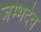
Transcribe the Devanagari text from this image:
जम्भदेव